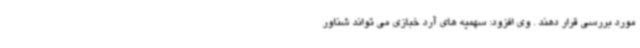
مورد بررسی قرار دهند . وی افزود: سهمیه های آرد خبازی می تواند شناور